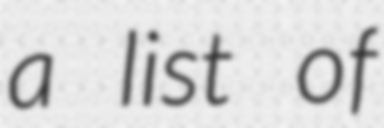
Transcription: a list of